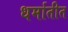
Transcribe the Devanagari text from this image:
धर्मातीत